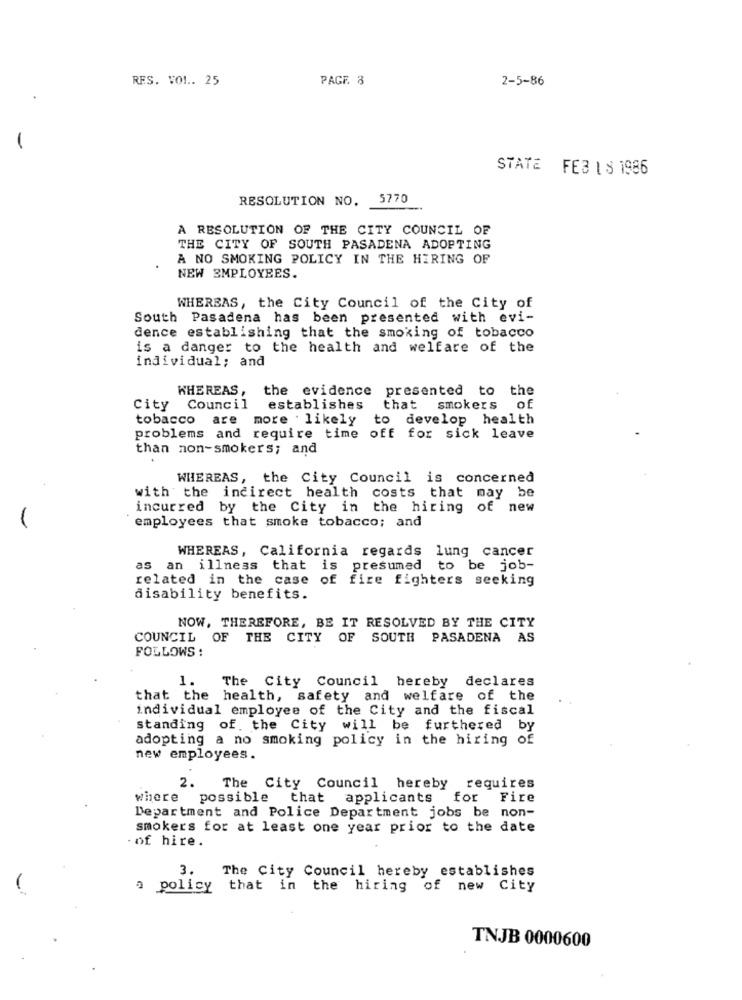
RES. VOL. 25
PAGE 8
2-5-86
STATE FEB 1 8 1986
RESOLUTION NO.
5770
A RESOLUTION OF THE CITY COUNCIL OF
THE CITY OF SOUTH PASADENA ADOPTING
A NO SMOKING POLICY IN THE HIRING OF
NEW EMPLOYEES.
WHEREAS, the City Council of the City of
South Pasadena has been presented with evi-
dence establishing that the smoking of tobacco
is a danger to the health and welfare of the
individual; and
WHEREAS,
the evidence presented to the
City
Council
establishes
that
smokers
of
tobacco
are
more . likely
to develop health
problems and require time off for sick leave
than non-smokers; and
WHEREAS, the City Council is concerned
with the indirect health costs that may be
incurred by the City in the hiring of new
employees that smoke tobacco; and
WHEREAS, California regards lung cancer
as an illness that is presumed to be job-
related in the case of fire fighters seeking
disability benefits.
NOW, THEREFORE, BE IT RESOLVED BY THE CITY
COUNCIL OF THE CITY OF SOUTH PASADENA AS
FOLLOWS :
1.
The City Council hereby declares
that the health, safety and welfare of the
individual employee of the City and the fiscal
standing of. the City will be furthered by
adopting a no smoking policy in the hiring of
new employees.
2.
The City Council hereby requires
where possible that applicants for Fire
Department and Police Department jobs be non-
smokers for at least one year prior to the date
·of hire.
3.
The City Council hereby establishes
-
a policy that in
the
hiring of new City
TNJB 0000600